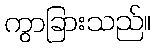
ကွာခြားသည်။